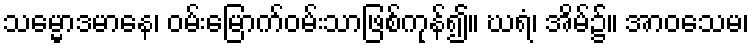
သမ္မောဒမာနေ၊ ဝမ်းမြောက်ဝမ်းသာဖြစ်ကုန်၍။ ဃရံ၊ အိမ်၌။ အာဝသေမ၊